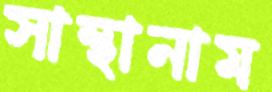
সান্থানাম